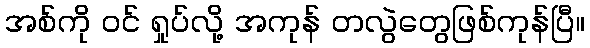
အစ်ကို ဝင် ရှုပ်လို့ အကုန် တလွဲတွေဖြစ်ကုန်ပြီ။